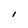
Character: l